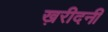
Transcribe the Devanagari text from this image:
ख़रीदनी